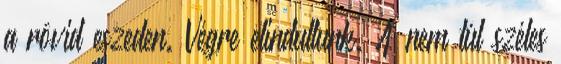
a rövid eszeden. Végre elindultunk. A nem túl széles